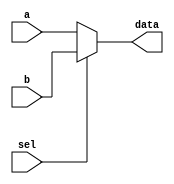
module Multi_2
#(
	parameter DATA_WIDTH = 32
)
(
	input [DATA_WIDTH-1:0]a,
	input [DATA_WIDTH-1:0]b,
	input sel,
	output [DATA_WIDTH-1:0]data
);

	assign data = (sel==1'b1) ? b : a;

endmodule